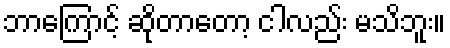
ဘာကြောင့် ဆိုတာတော့ ငါလည်း မသိဘူး။